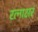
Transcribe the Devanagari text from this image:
रत्‍नाक्षरं